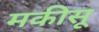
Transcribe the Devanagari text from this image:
मकीसू